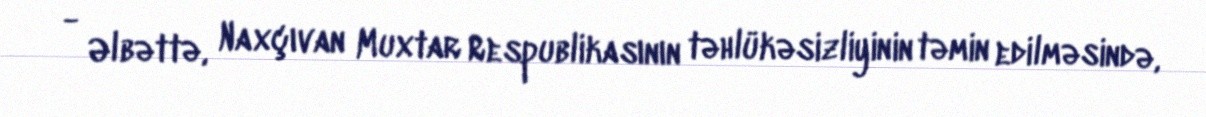
- Əlbəttə, Naxçıvan Muxtar Respublikasının təhlükəsizliyinin təmin edilməsində,